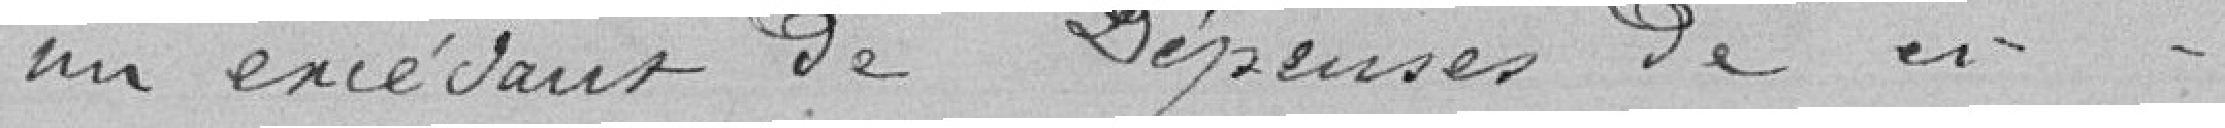
un excédent de Dépenses de  // - - -      502.95